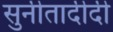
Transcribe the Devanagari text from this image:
सुनीतादीदी